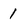
Character: 1